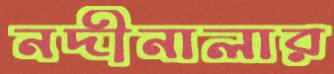
নদীনালার